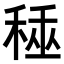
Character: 𥟰